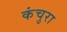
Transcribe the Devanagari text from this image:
कंचुरा